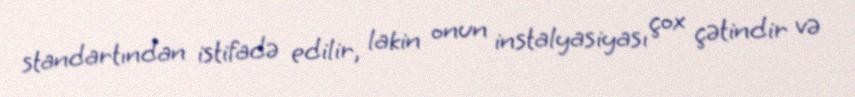
standartından istifadə edilir, lakin onun instalyasiyası çox çətindir və